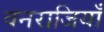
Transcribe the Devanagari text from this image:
वनराजियाँ